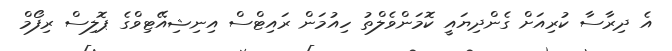
އެ ދިރާސާ ކުރިއަށް ގެންދިޔައީ ކޮމަންވެލްތު ހިއުމަން ރައިޓްސް އިނިޝިއޭޓިވްގެ ޕޮލިސް ރިފޯމް